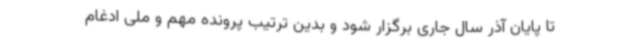
تا پایان آذر سال جاری برگزار شود و بدین ترتیب پرونده مهم و ملی ادغام